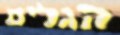
הגלים